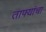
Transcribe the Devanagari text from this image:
ताफ्यांचा